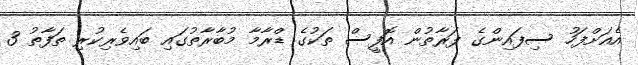
އެއަށްފަހު ސިފައިންގެ ފަރާތުން އޮފީސް ތަކުގެ ޑްރާމާ މުބާރާތުގައި ބައިވެރިކުރި ތަފާތު 3